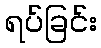
ရပ်ခြင်း